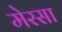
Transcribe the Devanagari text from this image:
मेरसा